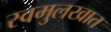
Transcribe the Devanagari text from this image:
स्वमुलखात